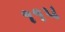
૧૧૫